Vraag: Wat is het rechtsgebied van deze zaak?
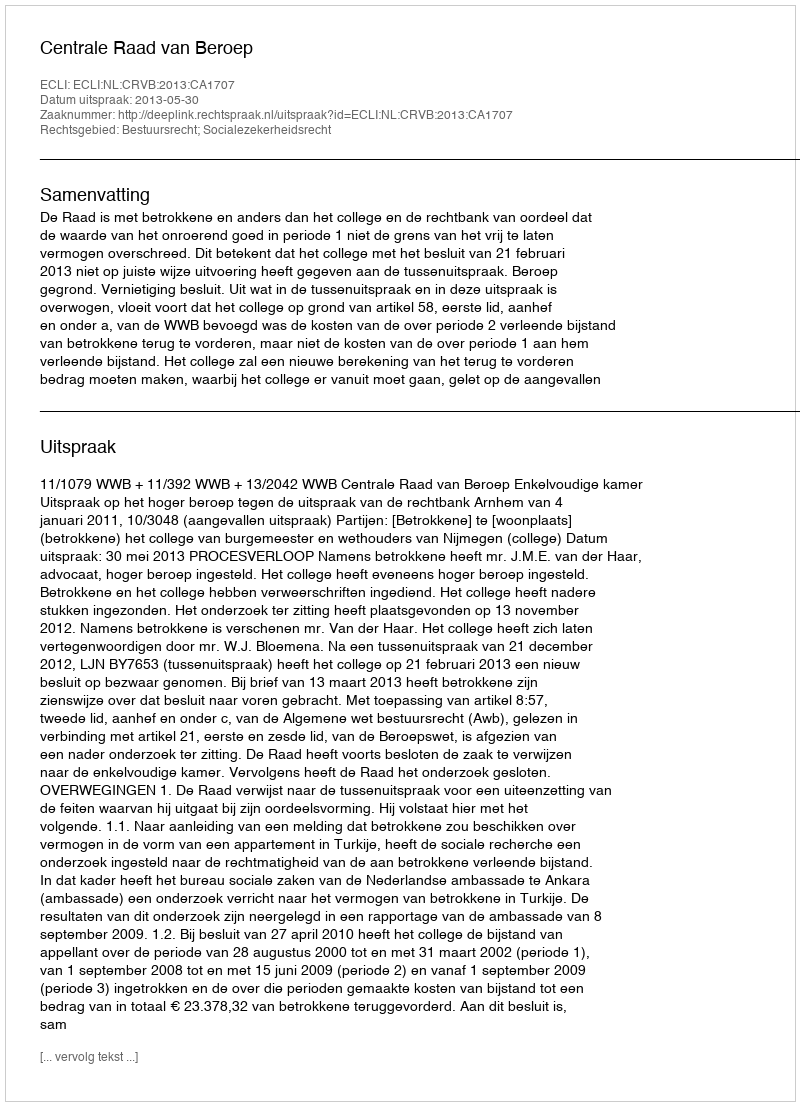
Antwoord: Bestuursrecht; Socialezekerheidsrecht